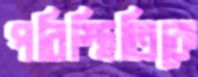
পরিস্থিতিকে